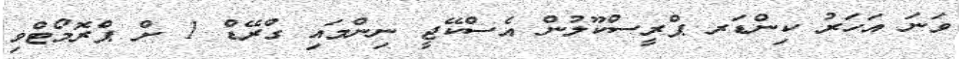
ވަނަ އަހަރު ކިންޑަރ ޕްރީސްކޫލުން އެސްކޭޖީ ނިންމައި ގްރޭޑް 1 ށް ޕްރޮމޯޓްވި